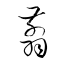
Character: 翦